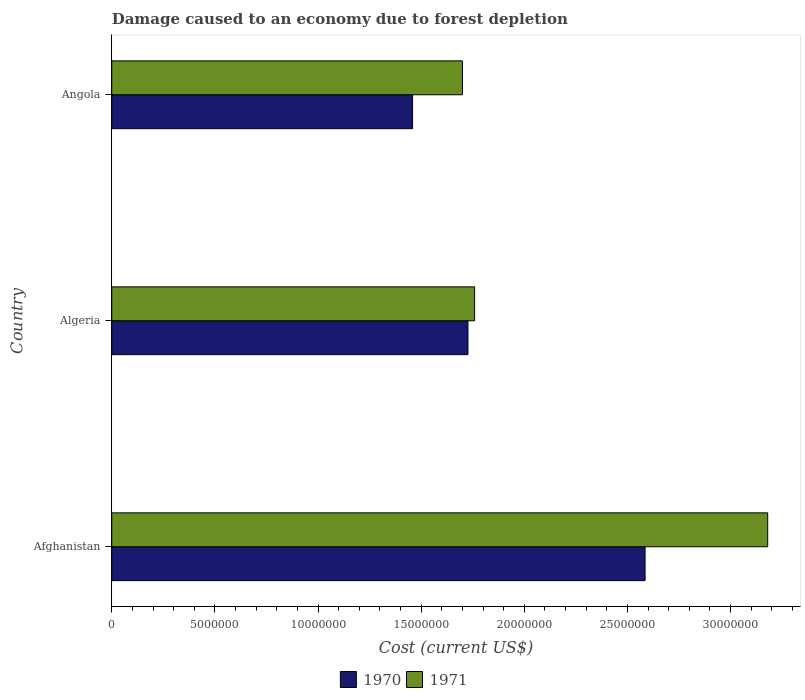
| Country | 1970 | 1971 |
 | --- | --- | --- |
 | Afghanistan | 2.59e+07 | 3.18e+07 |
 | Algeria | 1.73e+07 | 1.76e+07 |
 | Angola | 1.46e+07 | 1.7e+07 |